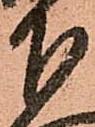
下